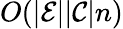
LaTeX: O(|\mathcal{E}||\mathcal{C}|n)